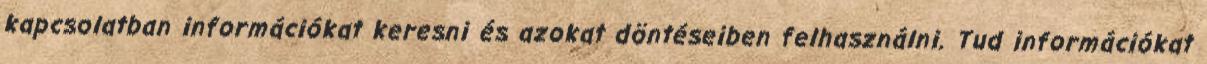
kapcsolatban információkat keresni és azokat döntéseiben felhasználni. Tud információkat